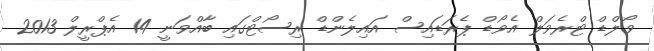
ވޯލްޑް ޓްރެވަލް އެވޯޑް ޕެރަޑައިސް އައިލެންޑް ރިސޯޓްގައި ބާއްވަނީ 14 އެޕްރީލް 2013